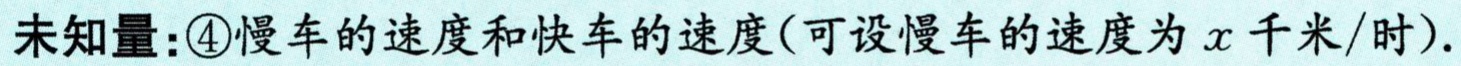
未知量：\textcircled{4}慢车的速度和快车的速度(可设慢车的速度为\(x\)千米/时).